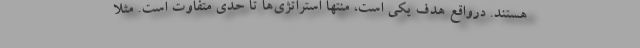
هستند. درواقع هدف یکی است، منتها استراتژی‌ها تا حدی متفاوت است. مثلا